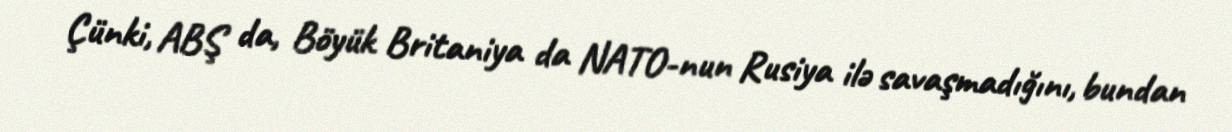
Çünki, ABŞ da, Böyük Britaniya da NATO-nun Rusiya ilə savaşmadığını, bundan